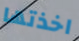
اخذتها